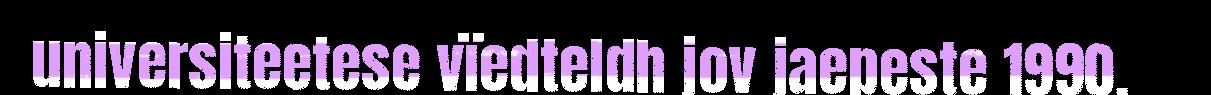
universiteetese vïedteldh jov jaepeste 1990.